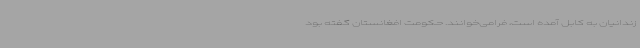
زندانیان به کابل آمده است، فرامی‌خوانند. حکومت افغانستان گفته بود